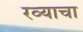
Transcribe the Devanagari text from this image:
रव्याचा